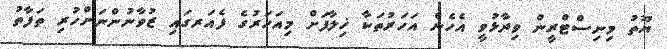
ޔޫތު މިނިސްޓްރީން ވިދާޅުވީ އެހެން އަހަރުތަކާ ޚިލާފަށް މިއަހަރުގެ ފެއަރގައި ޒުވާނުންނަށްހުރި ތަފާތު